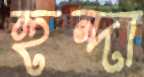
হুন্দা